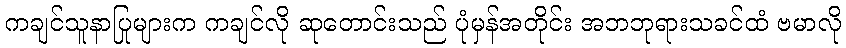
ကချင်သူနာပြုများက ကချင်လို ဆုတောင်းသည် ပုံမှန်အတိုင်း အဘဘုရားသခင်ထံ ဗမာလို